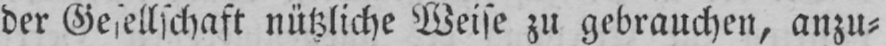
der Gesellschaft nützliche Weise zu gebrauchen, anzu⸗